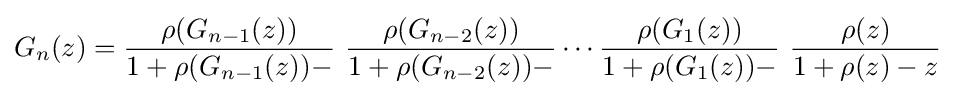
G_{n}(z)={\frac {\rho (G_{n-1}(z))}{1+\rho (G_{n-1}(z))-}}\ {\frac {\rho (G_{n-2}(z))}{1+\rho (G_{n-2}(z))-}}\cdots {\frac {\rho (G_{1}(z))}{1+\rho (G_{1}(z))-}}\ {\frac {\rho (z)}{1+\rho (z)-z}}